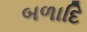
બળાદિ